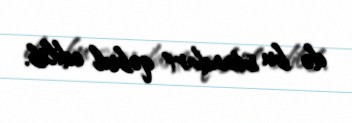
də bu standart qəbul edilib.